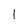
Character: 1